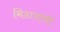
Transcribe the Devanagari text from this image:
मिठायांची